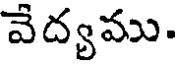
వేద్యము.